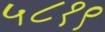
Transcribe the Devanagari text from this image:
५८१९